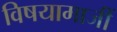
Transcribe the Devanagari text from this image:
विषयामाजीं